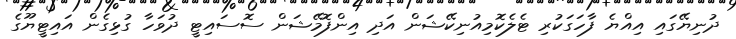
ދުނިޔޭގައި އިއްޔެ ފާހަގަކުރި ޓެލެކޮމިއުނިކޭޝަން އަދި އިންފޮމޭޝަން ސޮސައިޓީ ދުވަހާ ގުޅިގެން އައިޓީޔޫގެ